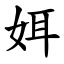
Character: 㛅